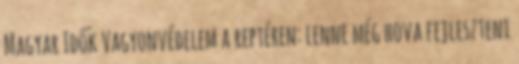
Magyar Idők Vagyonvédelem a reptéren: lenne még hova fejleszteni